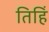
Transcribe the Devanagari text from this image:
तिहिं